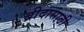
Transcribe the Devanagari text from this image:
ब्रीदासाठी